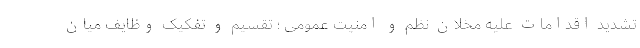
تشدید اقدامات علیه مخلان نظم و امنیت عمومی ؛ تقسیم و تفکیک وظایف میان